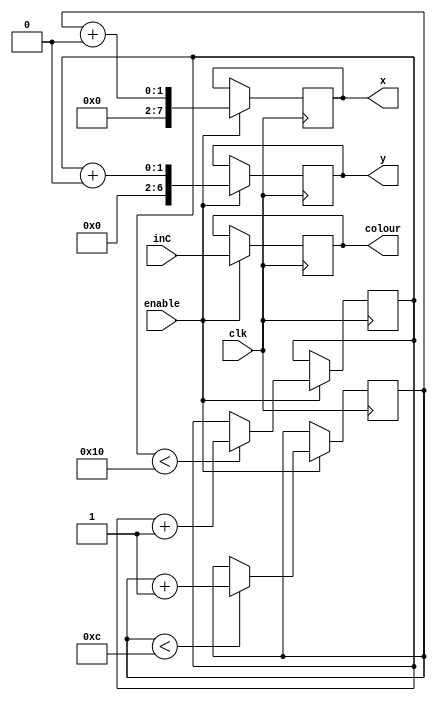
module datapath (clk, enable, x, y, inC, colour); 
	input clk; 
	input enable; 
	input [23:0] inC;

	output reg [7:0] x;
	output reg [6:0] y;  
	output reg [23:0] colour; 
	
	wire px, py;
	initial px = 40;
	initial py = 40; 
	
	always@(posedge clk) begin
		if (enable) begin
			if (xcounter < 69'd12)
				xcounter <= xcounter + 1;
			else if (xcounter == 69'd12)
				xcounter <= 0; 
			
			if (ycounter < 69'd16)
				ycounter <= ycounter + 1;
			else if (ycounter == 69'd16)
				ycounter <= 0; 
			
			colour <= inC;
			x <= xcounter + px;
			y <= ycounter + py;
		end
	end


endmodule